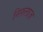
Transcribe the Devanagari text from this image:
निरुलाज़